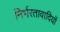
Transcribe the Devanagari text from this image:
निर्भरतावादियों